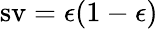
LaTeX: \operatorname{sv}=\epsilon(1-\epsilon)